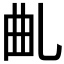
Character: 𠃪